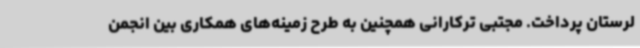
لرستان پرداخت. مجتبی ترکارانی همچنین به طرح زمینه‌های همکاری بین انجمن